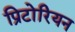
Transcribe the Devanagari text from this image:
प्रिटोरियन